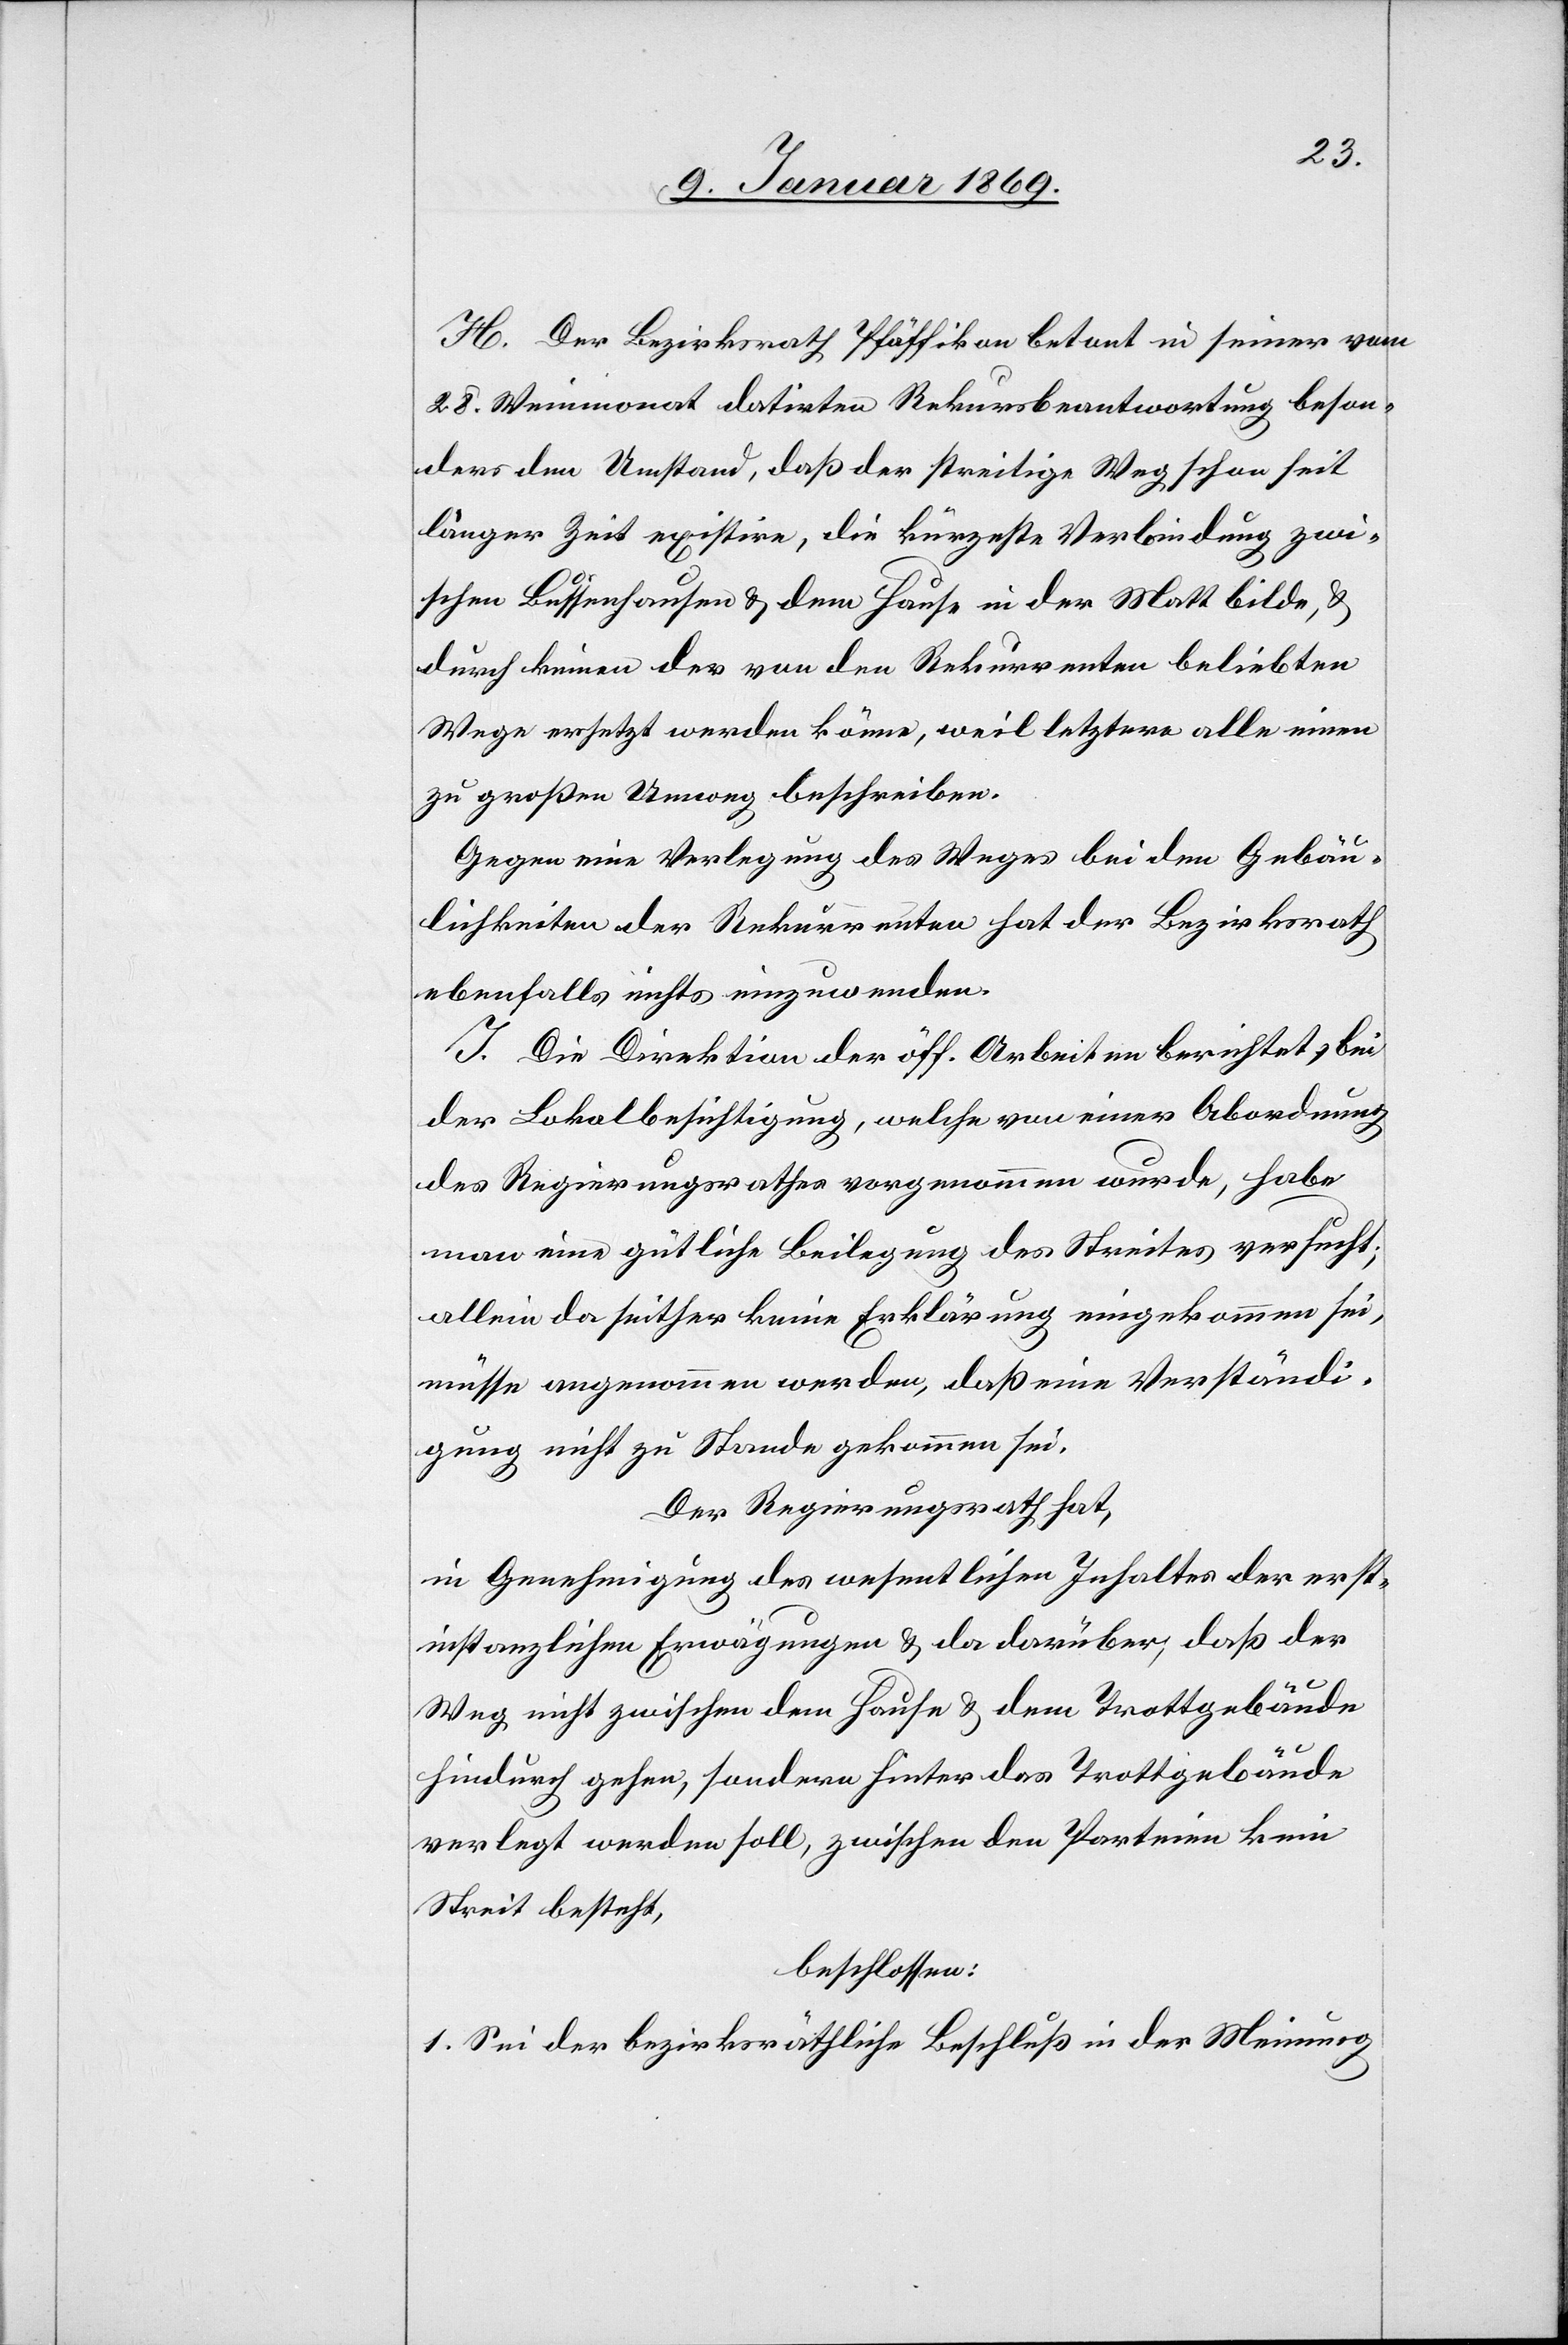
H. Der Bezirksrath Pfäffikon betont in seiner vom
28. Weinmonat datirten Rekursbeantwortung beson¬
ders den Umstand, daß der streitige Weg schon seit
längerer Zeit existire, die kürzeste Verbindung zwi¬
schen Bussenhausen u. dem Hause in der Matt bilde, u.
durch keinen der von den Rekurrenten beliebten
Wege ersetzt werden könne, weil letztere alle einen
zu großen Umweg beschreiben.
Gegen eine Verlegung des Weges bei den Gebäu¬
lichkeiten der Rekurrenten hat der Bezirksrath
ebenfalls nichts einzuwenden.
J. Die Direktion der öff. Arbeiten berichtet, bei
der Lokalbesichtigung, welche von einer Abordnung
des Regierungsrathes vorgenommen wurde, habe
man eine gütliche Beilegung des Streites versucht;
allein da seither keine Erklärung eingekommen sei,
müsse angenommen werden, daß eine Verständi¬
gung nicht zu Stande gekommen sei.
Der Regierungsrath hat,
in Genehmigung des wesentlichen Inhaltes der erst¬
instanzlichen Erwägungen u. da darüber, daß der
Weg nicht zwischen dem Hause u. dem Trottgebäude
hindurch gehen, sondern hinter das Trottgebäude
verlegt werden soll, zwischen den Parteien kein
Streit besteht,
beschloßen:
1. Sei der bezirksräthliche Beschluß in der Meinung